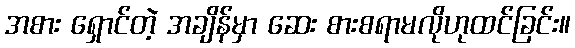
အစား ရှောင်တဲ့ အချိန်မှာ ဆေး စားစရာမလိုဟုထင်ခြင်း။